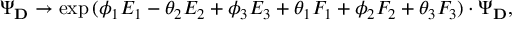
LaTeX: \Psi _ { \bf D } \rightarrow \exp { ( \phi _ { 1 } E _ { 1 } - \theta _ { 2 } E _ { 2 } + \phi _ { 3 } E _ { 3 } + \theta _ { 1 } F _ { 1 } + \phi _ { 2 } F _ { 2 } + \theta _ { 3 } F _ { 3 } ) } \cdot \Psi _ { \bf D } ,